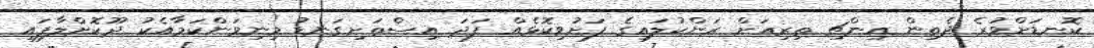
ކޮނޑަށްވުރެ ދެތިން އިންޗި ތިރިއަށް ރަންކުލައިގެ ފަށުވިކޮޅެއް ފަދަ އިސްތަށިގަނޑު މިނިވަންކަމާއެކު ދޫކޮށްލާފައި